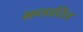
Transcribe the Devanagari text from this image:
भन्‍डारित